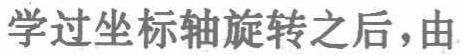
学过坐标轴旋转之后，由